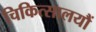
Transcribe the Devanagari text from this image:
चिकित्सालयौं